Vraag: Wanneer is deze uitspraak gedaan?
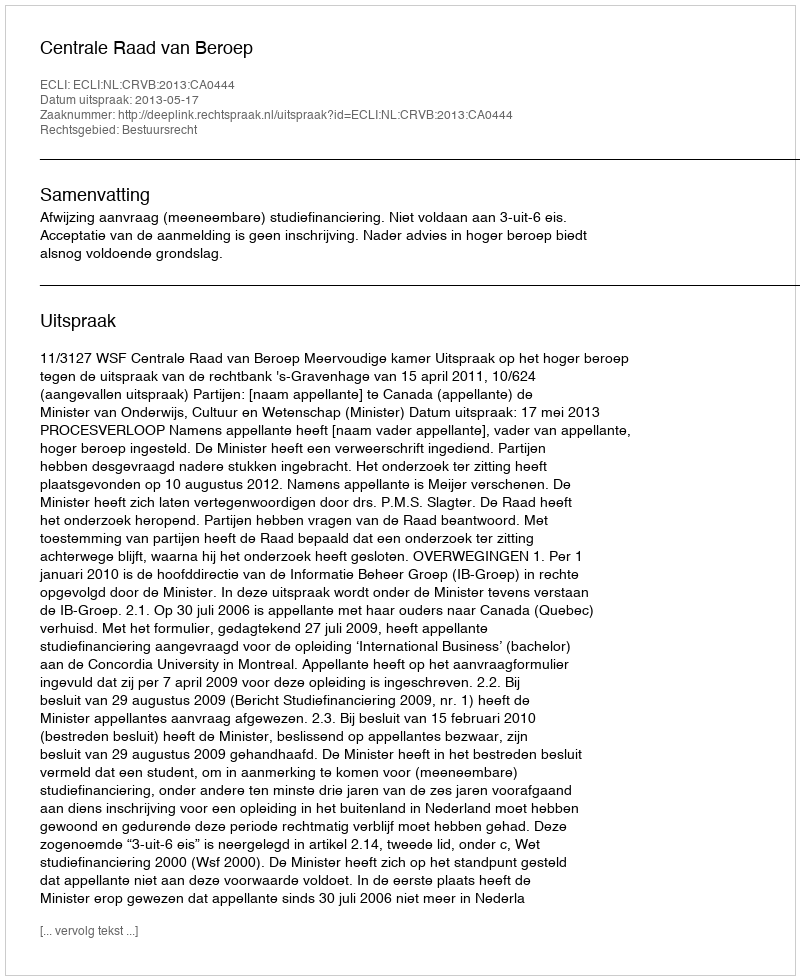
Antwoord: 2013-05-17